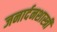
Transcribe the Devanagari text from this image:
जनार्दनशास्त्री